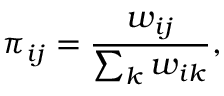
\pi _ { i j } = \frac { w _ { i j } } { \sum _ { k } w _ { i k } } ,